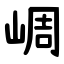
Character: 㟘